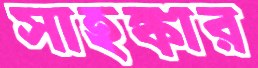
সাহঙ্কার